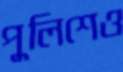
পুলিশেও